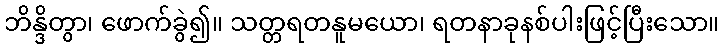
ဘိန္ဒိတွာ၊ ဖောက်ခွဲ၍။ သတ္တရတနူမယော၊ ရတနာခုနစ်ပါးဖြင့်ပြီးသော။